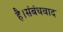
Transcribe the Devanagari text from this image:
है।संबंधवाद